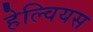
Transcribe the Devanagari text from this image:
हेल्वियस